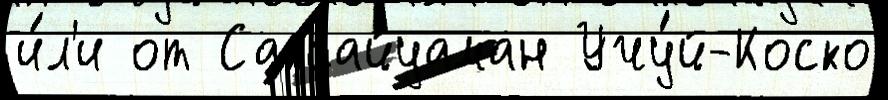
и́л'и от Саксайуаман Учу́й-Коско